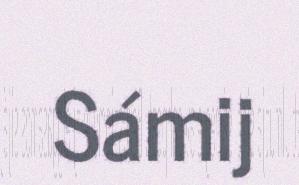
Sámij